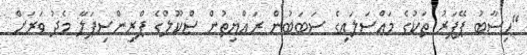
"ހިސާބު ޕޭޕަރު ތަކުގެ މައްސަލައިގެ ސަބަބުން ރައްޔިތުން ސްކޫލްގެ ޕްރިންސިޕަލާ މެދު ވަރަށް